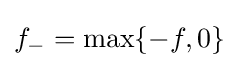
f_{-}=\max\{-f,0\}